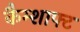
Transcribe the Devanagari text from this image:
कैम्शाफ्ट